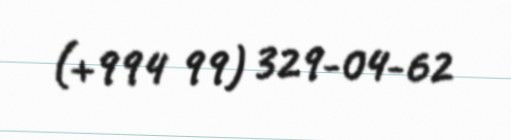
(+994 99) 329-04-62